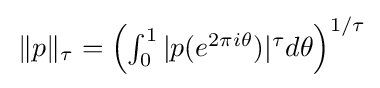
{\textstyle \,\|p\|_{\tau }=\left(\int _{0}^{1}|p(e^{2\pi i\theta })|^{\tau }d\theta \right)^{1/\tau }}